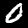
Digit: 0